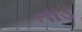
તાડ